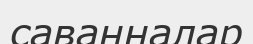
саванналар